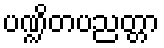
ပဏ္ဍိတပညတ္တာ